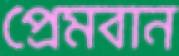
প্রেমবান